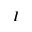
I